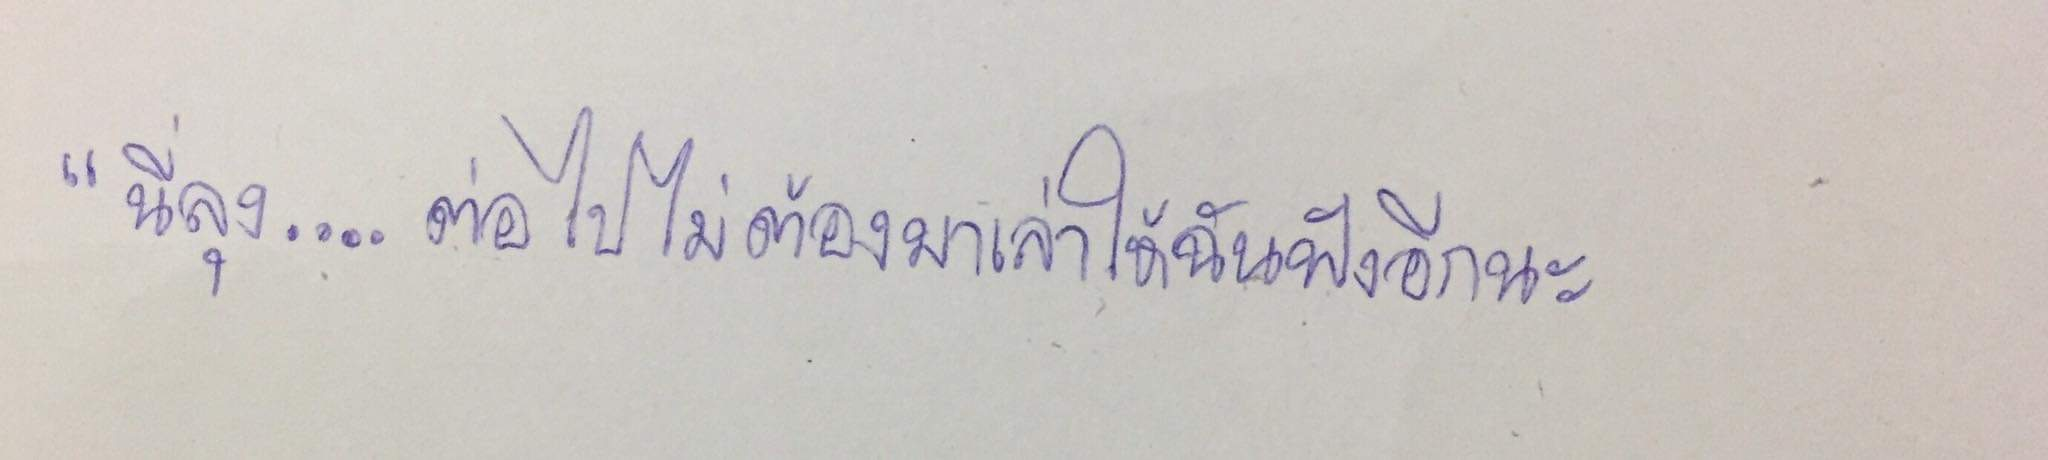
"นี่ลุง...ต่อไปไม่ต้องมาเล่าให้ฉันฟังอีกนะ